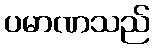
ပမာဏသည်